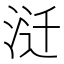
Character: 𰛱